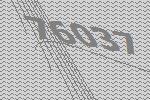
76037